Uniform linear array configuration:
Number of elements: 64
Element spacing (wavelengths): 0.5
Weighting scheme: cosine
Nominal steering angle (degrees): -30
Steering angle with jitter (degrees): -31.591
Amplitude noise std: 0.05
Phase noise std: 0.05

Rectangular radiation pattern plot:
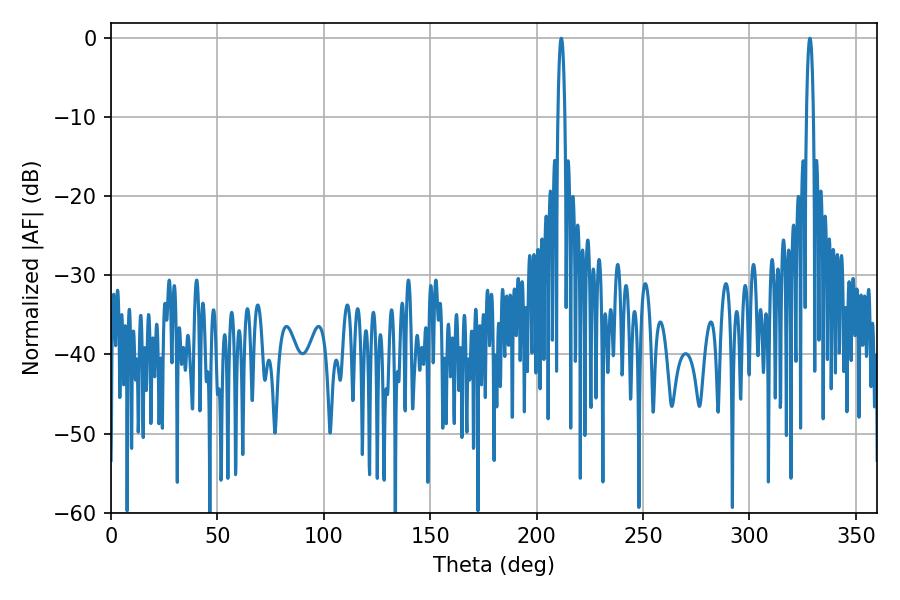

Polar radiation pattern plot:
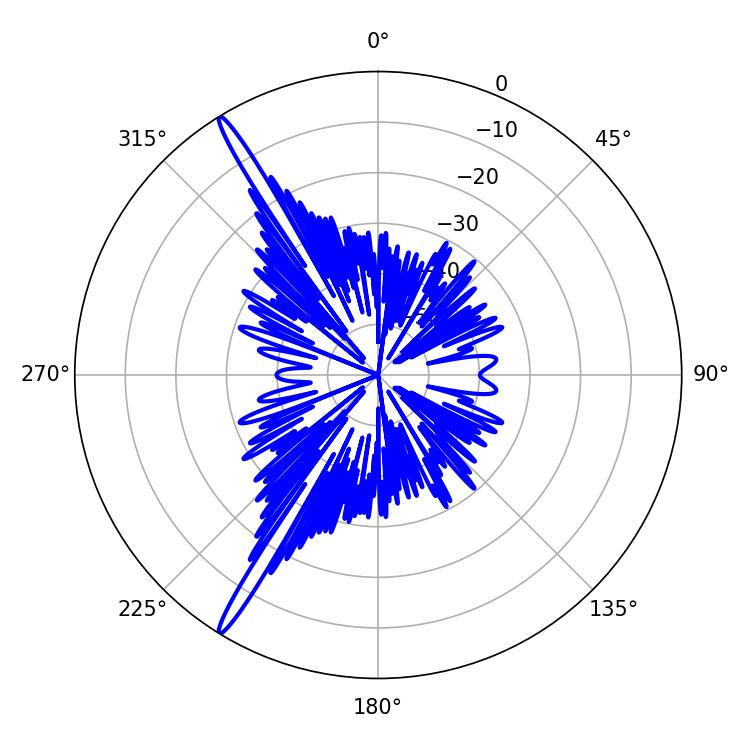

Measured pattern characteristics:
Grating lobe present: FALSE
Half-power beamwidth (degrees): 1.62
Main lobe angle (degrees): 211.5